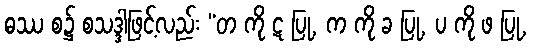
ဓဿ စ၌ စသဒ္ဒါဖြင့်လည်း “တ ကို ဋ ပြု, က ကို ခ ပြု, ပ ကို ဖ ပြု,